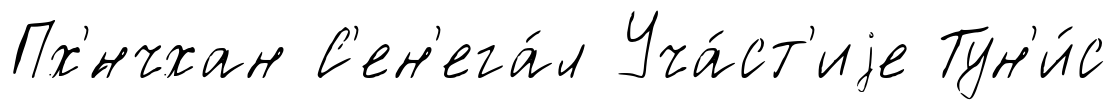
Пх'́нчхан С'ен'ега́л Уча́ст'иjе Тун'и́с